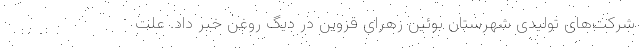
شرکت‌های تولیدی شهرستان بوئین زهرای قزوین در دیگ روغن خبر داد. علت